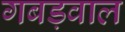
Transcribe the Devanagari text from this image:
गबड़वाल